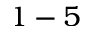
1 - 5